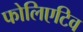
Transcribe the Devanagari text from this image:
फोलिएटिव